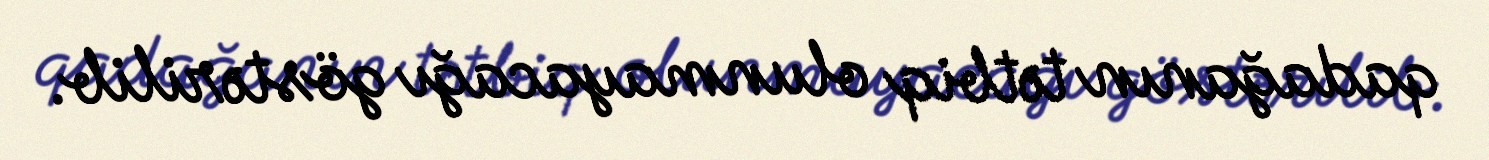
qadağanın tətbiq olunmayacağı göstərilib.